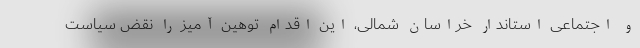
و اجتماعی استاندار خراسان شمالی، این اقدام توهین آمیز را نقض سیاست